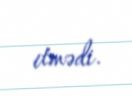
etmədi.